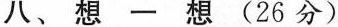
八、想一想(26分)